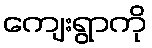
ကျေးရွာကို